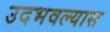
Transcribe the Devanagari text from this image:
उदभवल्यास